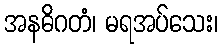
အနဓိဂတံ၊ မရအပ်သေး၊